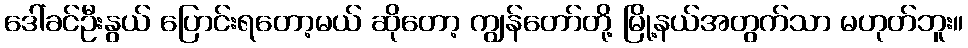
ဒေါ်ခင်ဦးနွယ် ပြောင်းရတော့မယ် ဆိုတော့ ကျွန်တော်တို့ မြို့နယ်အတွက်သာ မဟုတ်ဘူး။